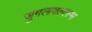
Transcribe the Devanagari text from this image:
जुगलवल्लभ